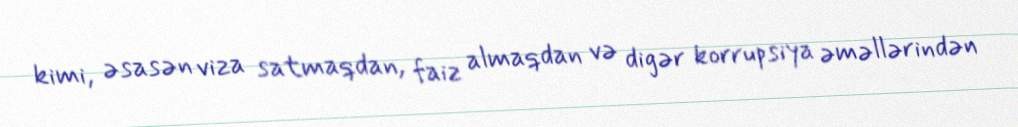
kimi, əsasən viza satmaqdan, faiz almaqdan və digər korrupsiya əməllərindən